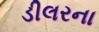
ડીલરના